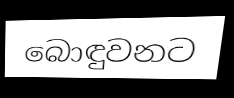
බොඳුවනට